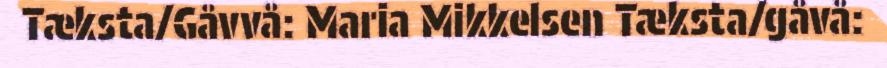
Tæksta/Gåvvå: Maria Mikkelsen Tæksta/gåvå: